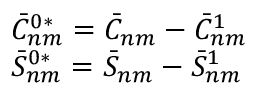
\begin{array} { l } { \bar { C } _ { n m } ^ { 0 * } = { { \bar { C } } _ { n m } } - \bar { C } _ { n m } ^ { 1 } } \\ { \bar { S } _ { n m } ^ { 0 * } = { { \bar { S } } _ { n m } } - \bar { S } _ { n m } ^ { 1 } } \end{array}